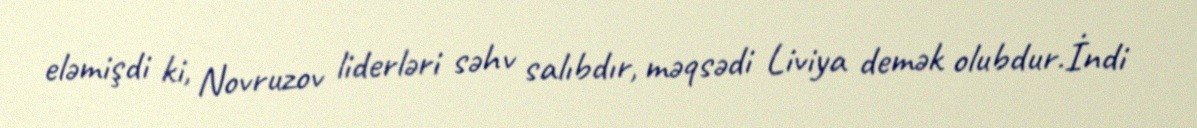
eləmişdi ki, Novruzov liderləri səhv salıbdır, məqsədi Liviya demək olubdur.İndi